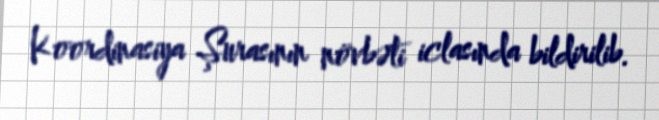
Koordinasiya Şurasının növbəti iclasında bildirilib.